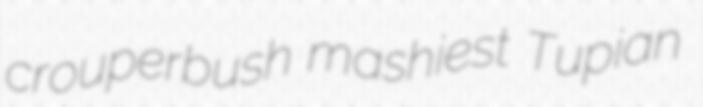
crouperbush mashiest Tupian